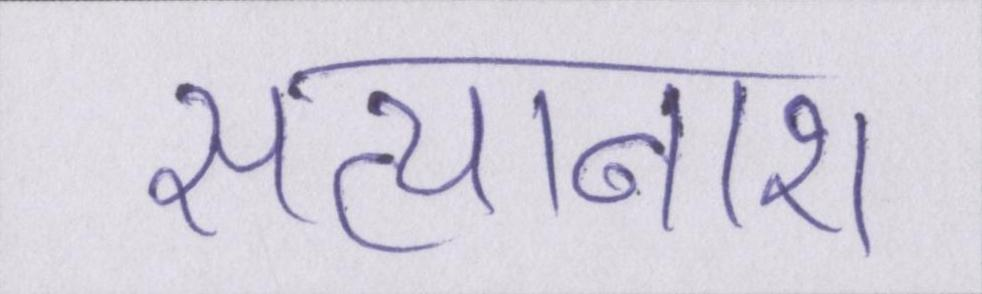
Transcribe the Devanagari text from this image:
सत्यानाश